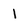
Character: I